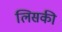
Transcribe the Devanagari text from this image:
लिसकी